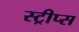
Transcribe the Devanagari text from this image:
स्ट्रीप्स